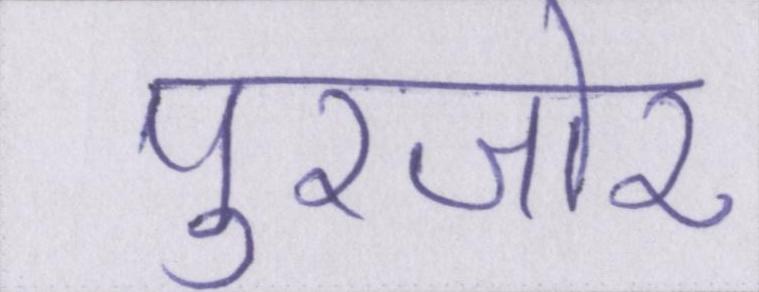
पुरजोर